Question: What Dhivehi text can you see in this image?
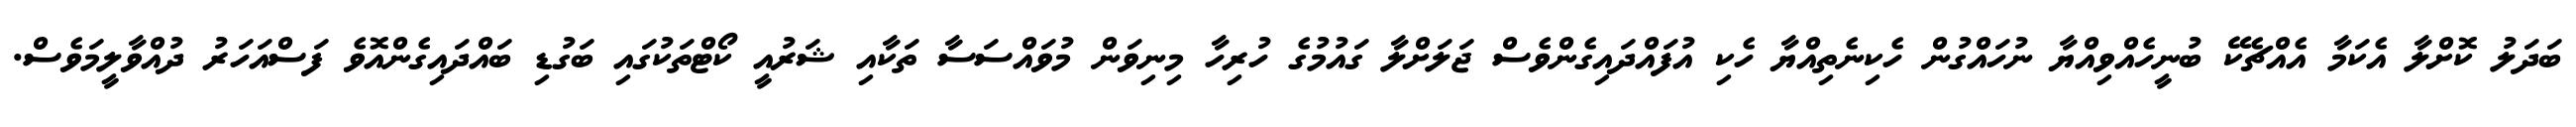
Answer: ބަދަލު ކޮށްލާ އެކަމާ އެއްޗެކޭ ބުނީހެއްވިއްޔާ ނުހައްގުން ހެކިނެތިއްޔާ ހެކި އުފައްދައިގެންވެސް ޖަލަށްލާ ގައުމުގެ ހުރިހާ މިނިވަން މުވައްސަސާ ތަކާއި ޝަރުއީ ކޯޓްތަކުގައި ބަގުޑި ބައްދައިގެންއޮވެ ފަސްއަހަރު ދުއްވާލީމަވެސް.